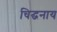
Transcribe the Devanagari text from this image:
चिद्घनाय